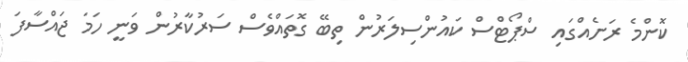
ކޮންމެ ރަށެއްގައި ސްޕޯޓްސް ކައުންސިލަރުން ތިބޭ ގޮތައްވެސް ސަރުކާރުން ވަނީ ހަމަ ޖައްސާފަ